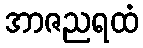
အာဇညရထံ